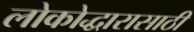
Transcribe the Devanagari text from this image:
लोकोद्धारासाठी